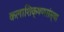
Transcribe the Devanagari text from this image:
कलाशिक्षणसंस्था